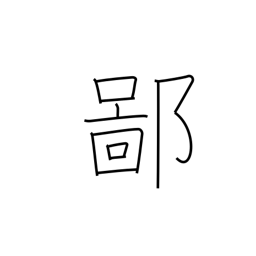
Meaning: be countrified